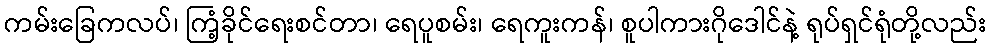
ကမ်းခြေကလပ်၊ ကြံ့ခိုင်ရေးစင်တာ၊ ရေပူစမ်း၊ ရေကူးကန်၊ စူပါကားဂိုဒေါင်နဲ့ ရုပ်ရှင်ရုံတို့လည်း